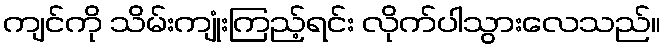
ကျင်ကို သိမ်းကျုံးကြည့်ရင်း လိုက်ပါသွားလေသည်။